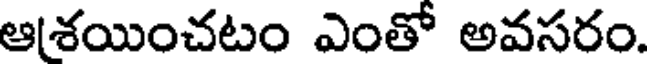
ఆశయించటం ఎంతో అవసరం.